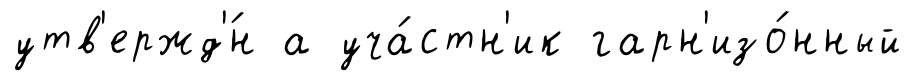
утв'ержд'́н а уча́стн'ик гарн'изо́нный